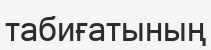
табиғатының